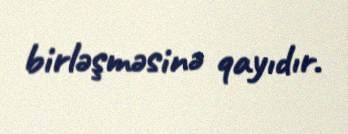
birləşməsinə qayıdır.